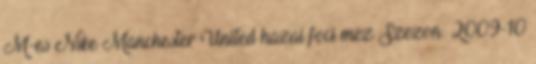
M-es Nike Manchester United hazai foci mez Szezon: 2009-10